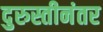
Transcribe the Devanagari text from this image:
दुरुस्तीनंतर